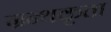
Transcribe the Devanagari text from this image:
ग्रन्थकृता